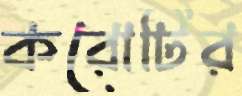
করোটির